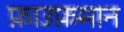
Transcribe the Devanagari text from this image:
फ़ाउफ़मान